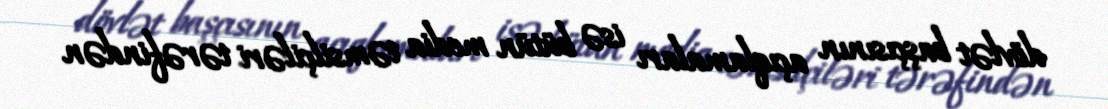
dövlət başçısının açıqlamaları isə bütün media təmsilçiləri tərəfindən